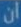
ان